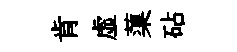
肯虚蕖砧